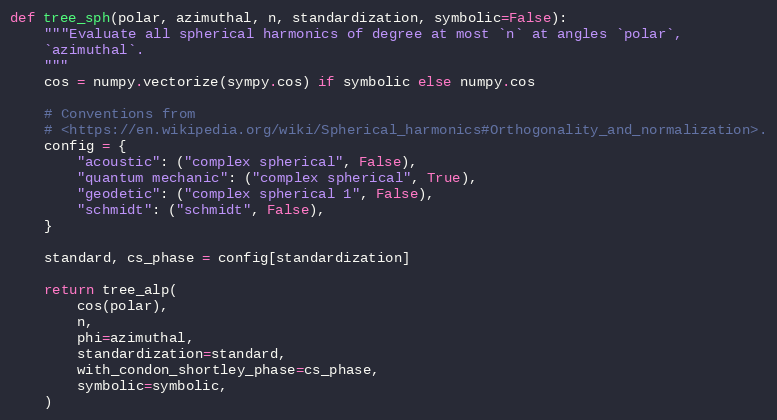
Language: Python
def tree_sph(polar, azimuthal, n, standardization, symbolic=False):
    """Evaluate all spherical harmonics of degree at most `n` at angles `polar`,
    `azimuthal`.
    """
    cos = numpy.vectorize(sympy.cos) if symbolic else numpy.cos

    # Conventions from
    # <https://en.wikipedia.org/wiki/Spherical_harmonics#Orthogonality_and_normalization>.
    config = {
        "acoustic": ("complex spherical", False),
        "quantum mechanic": ("complex spherical", True),
        "geodetic": ("complex spherical 1", False),
        "schmidt": ("schmidt", False),
    }

    standard, cs_phase = config[standardization]

    return tree_alp(
        cos(polar),
        n,
        phi=azimuthal,
        standardization=standard,
        with_condon_shortley_phase=cs_phase,
        symbolic=symbolic,
    )